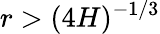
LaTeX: r>(4H)^{-1/3}